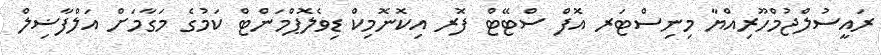
ރައީސުލްޖުމްހޫރިއްޔާ މިނިސްޓަރ އޮފް ސްޓޭޓް ފޮރ އިކޮނޮމިކް ޑިވެލޮޕްމަންޓް ކަމުގެ މަގާމަށް އަލްފާޟިލް